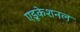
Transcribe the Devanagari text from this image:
एडूकेशनल